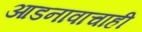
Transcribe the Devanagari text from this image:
आडनावाचाही